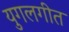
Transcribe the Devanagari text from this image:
युगलगीत